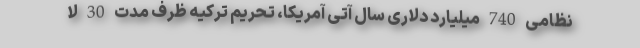
نظامی 740 میلیارد دلاری سال آتی آمریکا، تحریم ترکیه ظرف مدت 30 لا